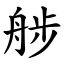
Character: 䑰